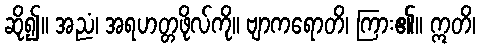
ဆို၍။ အညံ၊ အရဟတ္တဖိုလ်ကို။ ဗျာကရောတိ၊ ကြား၏။ ဣတိ၊